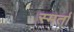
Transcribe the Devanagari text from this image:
स्मर्ता